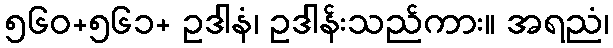
၅၆၀+၅၆၁+ ဥဒါနံ၊ ဥဒါန်းသည်ကား။ အရညံ၊